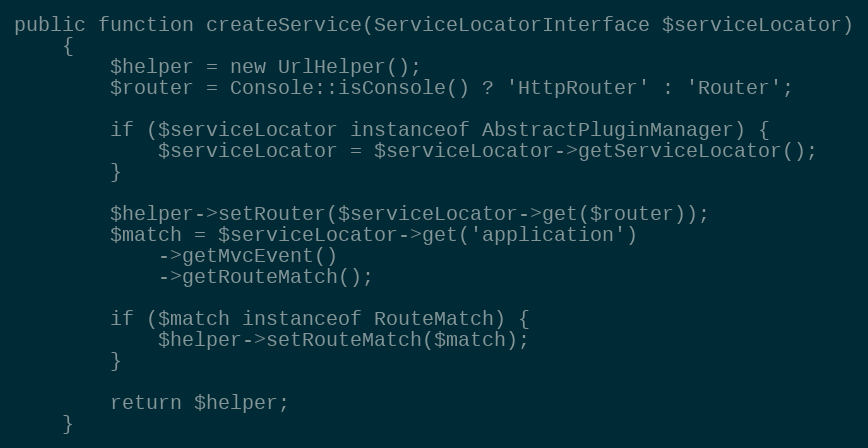
Language: PHP
public function createService(ServiceLocatorInterface $serviceLocator)
    {
        $helper = new UrlHelper();
        $router = Console::isConsole() ? 'HttpRouter' : 'Router';

        if ($serviceLocator instanceof AbstractPluginManager) {
            $serviceLocator = $serviceLocator->getServiceLocator();
        }

        $helper->setRouter($serviceLocator->get($router));
        $match = $serviceLocator->get('application')
            ->getMvcEvent()
            ->getRouteMatch();

        if ($match instanceof RouteMatch) {
            $helper->setRouteMatch($match);
        }

        return $helper;
    }